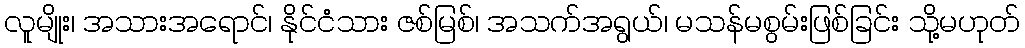
လူမျိုး၊ အသားအရောင်၊ နိုင်ငံသား ဇစ်မြစ်၊ အသက်အရွယ်၊ မသန်မစွမ်းဖြစ်ခြင်း သို့မဟုတ်